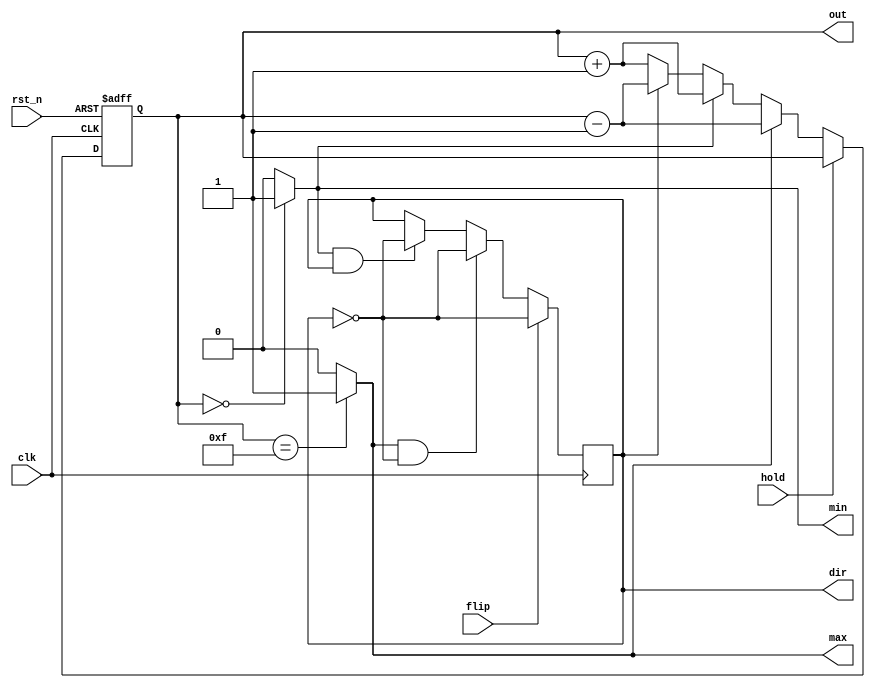
module hw01(
	input clk,
	input rst_n,
	input flip,
	input hold,
	output reg [3:0] out,
	output reg dir,
	output max, min
	);
	reg [3:0] next_out;
	
	initial begin
		out = 4'b0;
		dir = 1'b0;
	end
	
	assign max = (out == 4'b1111)? 1'b1 : 1'b0;
	assign min = (out == 4'b0000)? 1'b1 : 1'b0;
	
	always@(posedge clk or negedge rst_n) begin
		if(~rst_n)
			out = 4'b0;
		else 
			out = next_out;
	end
	
	always@* begin
		if(hold)
			next_out = out;
		else if(max)
			next_out = out - 1'b1;
		else if(min)
			next_out = out + 1'b1;
		else if(dir)
			next_out = out - 1'b1;
		else
			next_out = out + 1'b1;
	end
	
	always@(posedge clk) begin
		if(flip)
			dir = ~dir;
		else if(max & ~dir) begin
			dir = ~dir;
		end
		else if(min & dir) begin
			dir = ~dir;
		end
		else begin
			dir = dir;
		end
	end
	
endmodule